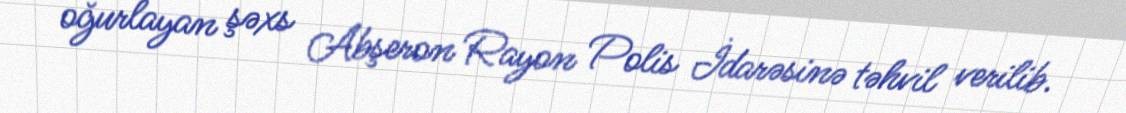
oğurlayan şəxs Abşeron Rayon Polis İdarəsinə təhvil verilib.